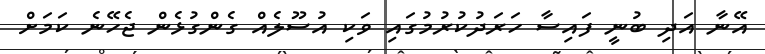
އޭނާ އަދި ބުނީ ފައިސާ ހަރަދުކުރުމުގައި ވަކި އުސޫލެއް ގެންގުޅެން ޖެހޭނެ ކަމަށް